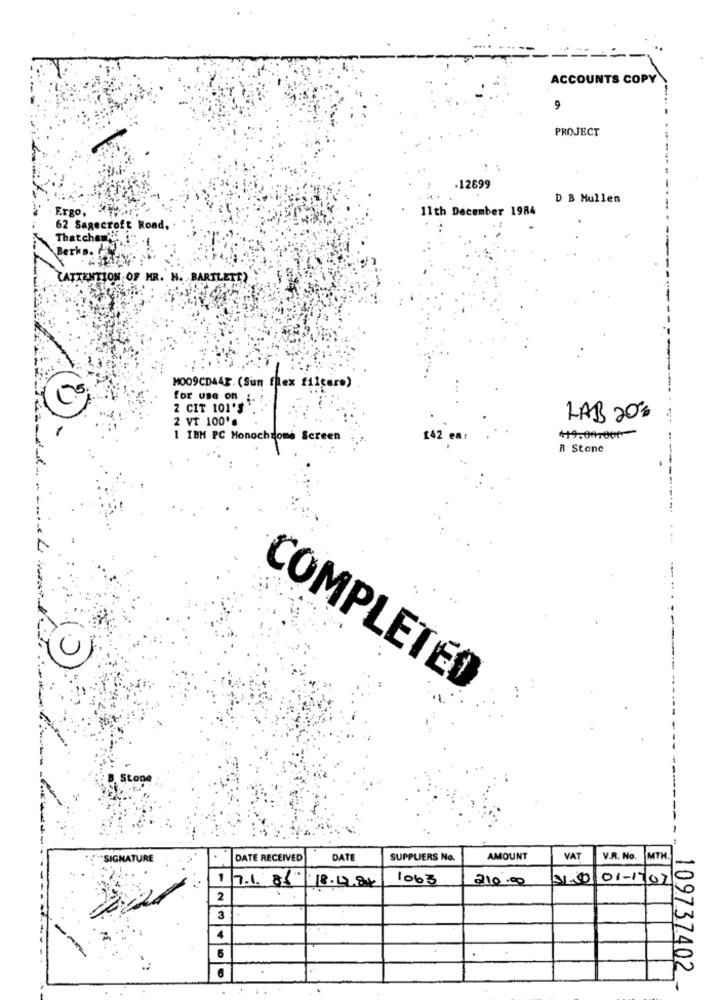
ACCOUNTS COPY
9
PROJECT
.12699
D B Mullen
Ergo, 2)
11th December 1984
62 Sagecroft Road,
Thatchen''
Berks. AN
(ATTENTION OF MR. H. BARTLETT)
MOO9CD44F. (Sun flex filters)
for use on :
2 CIT 101'S
2 VT 100'
LAB 20%
1 IBM PC Monochrome Screen
£42 ea
119.00.000-
R Stone
C
COMPLETED
Stone
SIGNATURE
DATE RECEIVED
DAT
SUPPLIERS No.
AMOUNT
VAT
V.R. No.
MTH
1
7.1.86
18.12.84
1063
210.00
01-19/02
2
3
4
109737402